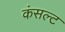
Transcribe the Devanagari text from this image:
कंसल्ट